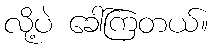
လို့ပဲ ခေါ်ကြတယ်။